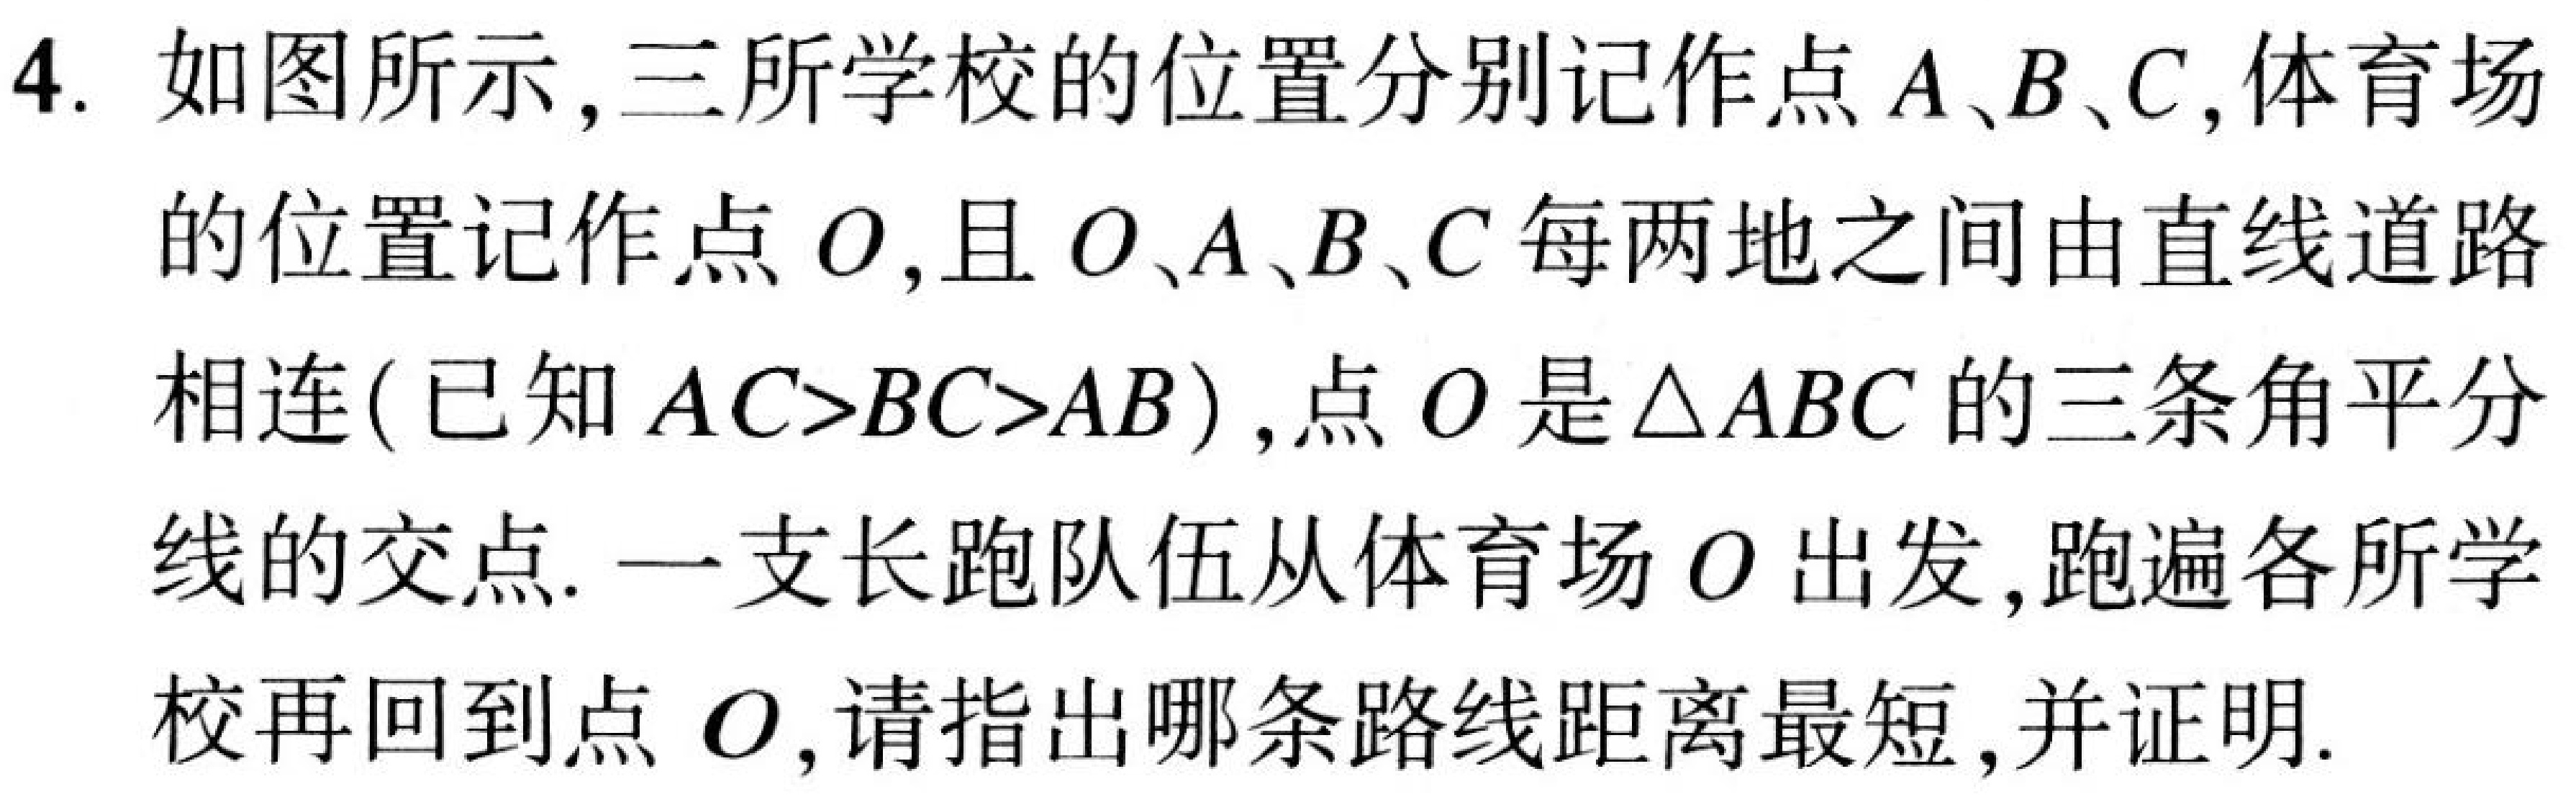
4. 如图所示，三所学校的位置分别记作点\(A、B、C\)，体育场的位置记作点\(O\)，且\(O、A、B、C\)每两地之间由直线道路相连(已知\(AC > BC>AB\))，点\(O\)是\(\triangle ABC\)的三条角平分线的交点. 一支长跑队伍从体育场\(O\)出发，跑遍各所学校再回到点\(O\)，请指出哪条路线距离最短，并证明.